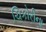
ચિકોરીના